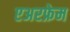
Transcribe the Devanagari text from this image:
एअरफ्रेम